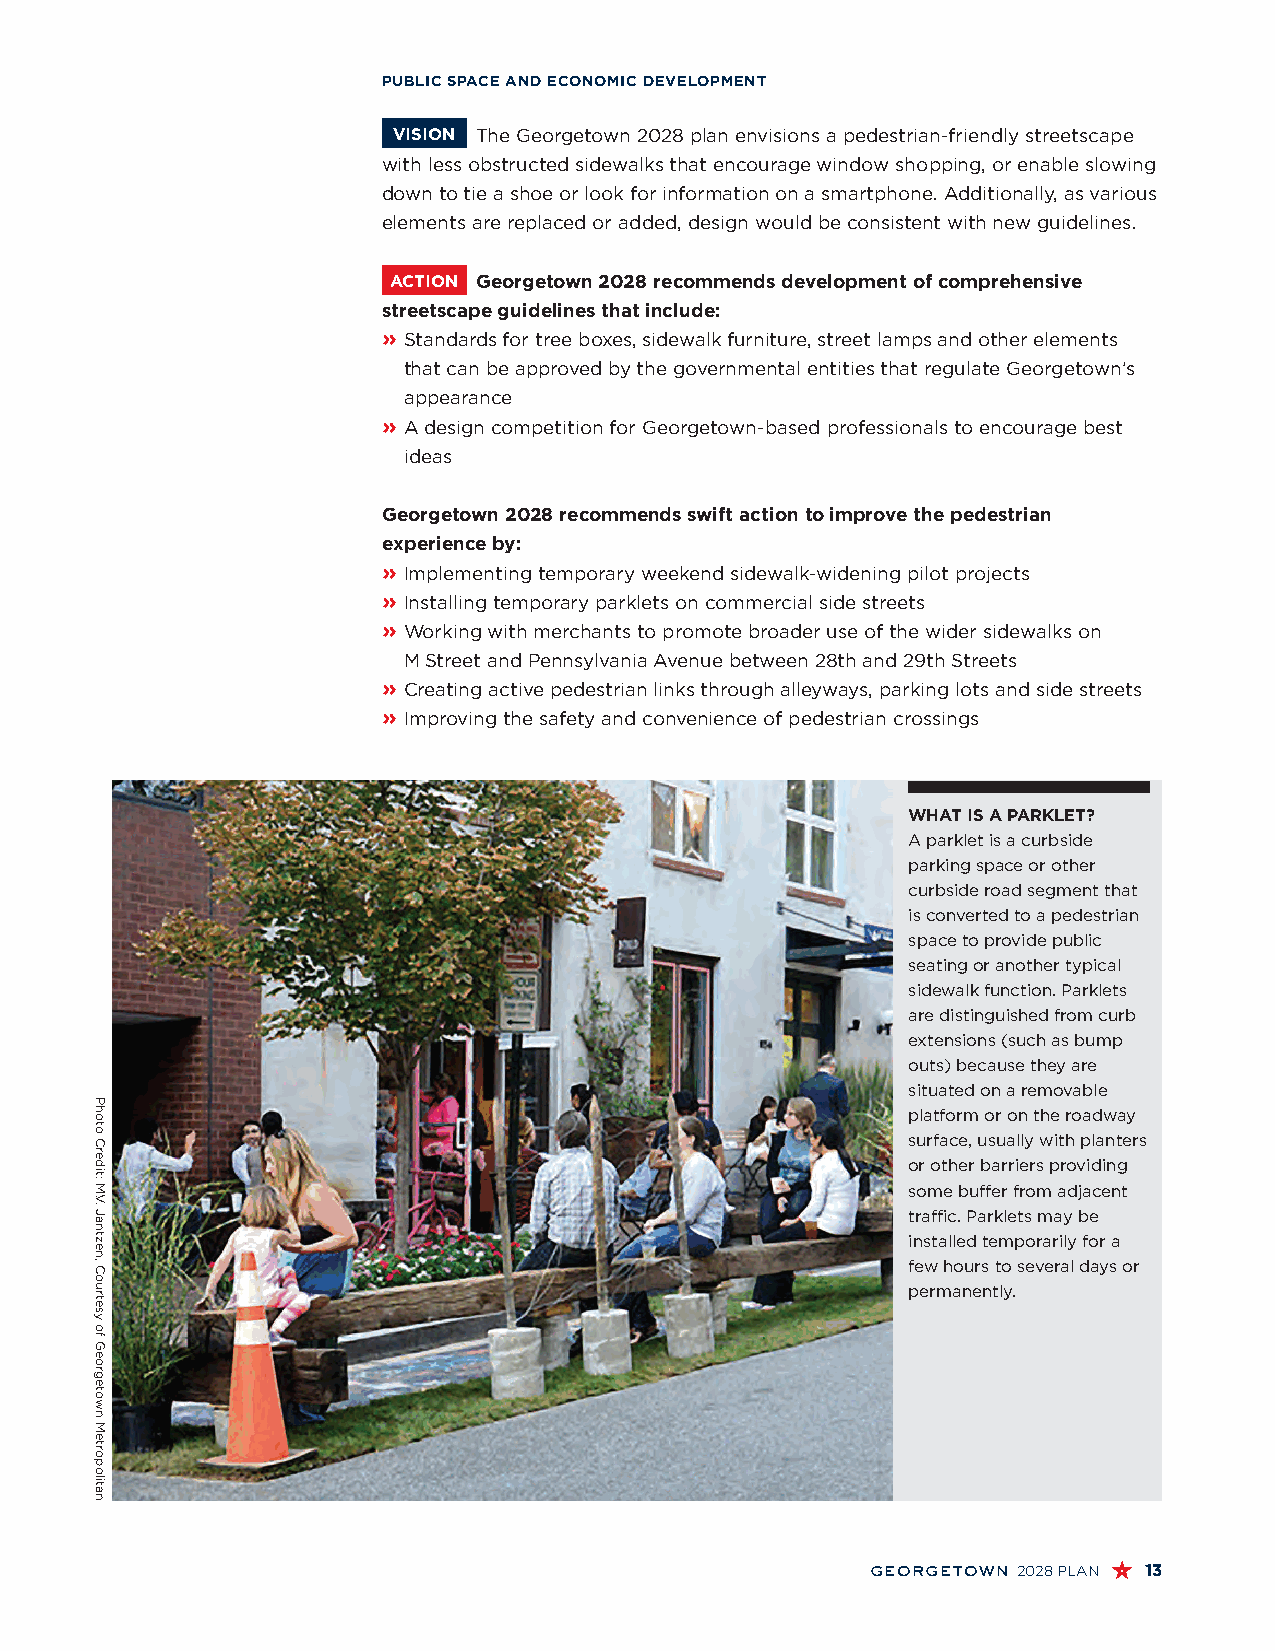
PUBLIC SPACE AND ECONOMIC DEVELOPMENT
 VISION The Georgetown 2028 plan envisions a pedestrian-friendly streetscape
 with less obstructed sidewalks that encourage window shopping, or enable slowing
 down to tie a shoe or look for information on a smartphone. Additionally, as various
 elements are replaced or added, design would be consistent with new guidelines.
 ACTION Georgetown 2028 recommends development of comprehensive
 streetscape guidelines that include:
 » S tandards for tree boxes, sidewalk furniture, street lamps and other elements
 that can be approved by the governmental entities that regulate Georgetown’s
 appearance
 » A design competition for Georgetown-based professionals to encourage best
 ideas
 Georgetown 2028 recommends swift action to improve the pedestrian
 experience by:
 » I mplementing temporary weekend sidewalk-widening pilot projects
 » I nstalling temporary parklets on commercial side streets
 » W orking with merchants to promote broader use of the wider sidewalks on
 M Street and Pennsylvania Avenue between 28th and 29th Streets
 » C reating active pedestrian links through alleyways, parking lots and side streets
 » I mproving the safety and convenience of pedestrian crossings
 WHAT IS A PARKLET?
 A parklet is a curbside
 parking space or other
 curbside road segment that
 is converted to a pedestrian
 space to provide public
 seating or another typical
 sidewalk function. Parklets
 are distinguished from curb
 extensions (such as bump
 outs) because they are
 situated on a removable
 platform or on the roadway
 surface, usually with planters
 or other barriers providing
 some buffer from adjacent
 traffic. Parklets may be
 installed temporarily for a
 few hours to several days or
 permanently.
 georgetown 2028 PLAN 13
 Photo
 Credit:
 M.V.
 Jantzen,
 Courtesy
 of
 Georgetown
 Metropolitan